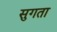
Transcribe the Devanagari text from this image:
सुगता